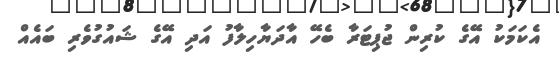
އެކަމަކު އޭގެ ކުރިން ޖުޕިޓަރާ ބެހޭ އާދަޔާހިލާފު އަދި އޭގެ ޝައުގުވެރި ބައެއް